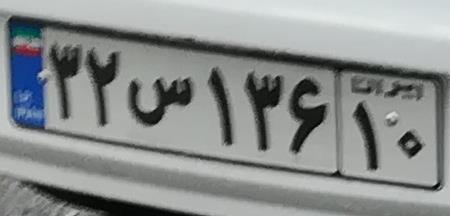
۳۲س۱۳۶۱۰